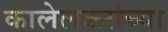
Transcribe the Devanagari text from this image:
कालेलकरांच्या